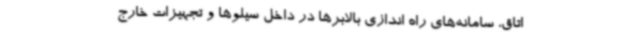
اتاق، سامانه‌های راه اندازی بالابرها در داخل سیلوها و تجهیزات خارج